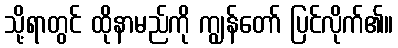
သို့ရာတွင် ထိုနာမည်ကို ကျွန်တော် ပြင်လိုက်၏။